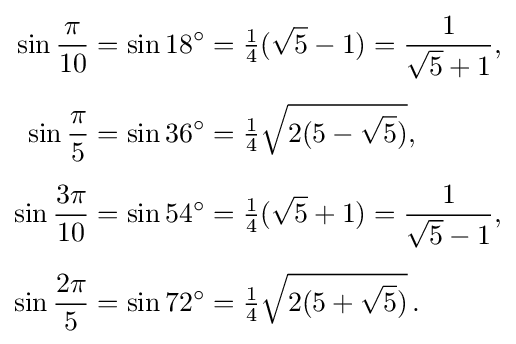
{\begin{aligned}\sin {\frac {\pi }{10}}=\sin 18^{\circ }&={\tfrac {1}{4}}({\sqrt {5}}-1)={\frac {1}{{\sqrt {5}}+1}},\\[5pt]\sin {\frac {\pi }{5}}=\sin 36^{\circ }&={\tfrac {1}{4}}{\sqrt {2(5-{\sqrt {5}})}},\\[5pt]\sin {\frac {3\pi }{10}}=\sin 54^{\circ }&={\tfrac {1}{4}}({\sqrt {5}}+1)={\frac {1}{{\sqrt {5}}-1}},\\[5pt]\sin {\frac {2\pi }{5}}=\sin 72^{\circ }&={\tfrac {1}{4}}{\sqrt {2(5+{\sqrt {5}})}}\,.\end{aligned}}